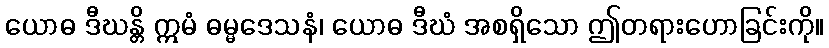
ယောဓ ဒီဃန္တိ ဣမံ ဓမ္မဒေသနံ၊ ယောဓ ဒီဃံ အစရှိသော ဤတရားဟောခြင်းကို။